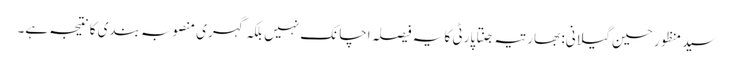
سید منظور حسین گیلانی: بھارتیہ جنتا پارٹی کا یہ فیصلہ اچانک نہیں بلکہ گہری منصوبہ بندی کا نتیجہ ہے۔